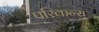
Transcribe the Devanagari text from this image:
परिकन्स